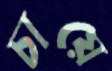
চায়ে